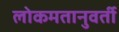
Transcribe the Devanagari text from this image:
लोकमतानुवर्ती